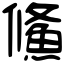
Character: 鯈